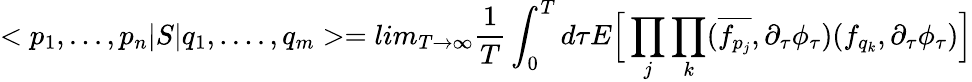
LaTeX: <p_{1},...,p_{n}|S|q_{1},....,q_{m}>=lim_{T\rightarrow\infty}\frac{1}{T}\int_{0}^{T}d\tau E\Big[\prod_{j}\prod_{k}(\overline{{{f_{p_{j}}}}},\partial_{\tau}\phi_{\tau})(f_{q_{k}},\partial_{\tau}\phi_{\tau})\Big]